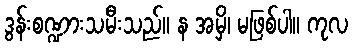
ဒွန်းစဏ္ဍားသမီးသည်။ န အမှိ၊ မဖြစ်ပါ။ ကုလ